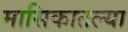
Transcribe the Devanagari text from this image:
मासिकातल्या